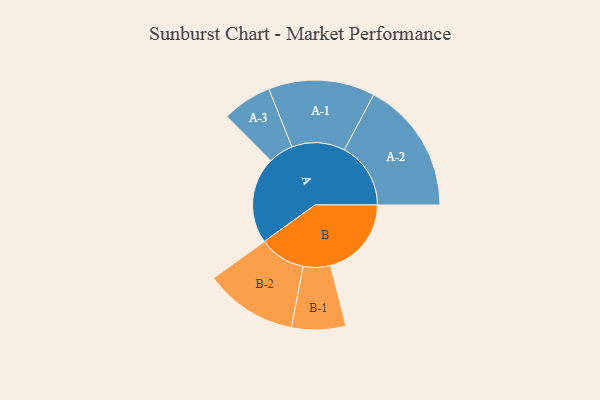
{"axis": {"x": "Segment", "y": "Value"}, "legend": ["", "A", "B"], "data": [{"x": "A", "y": 381, "type": ""}, {"x": "B", "y": 356, "type": ""}, {"x": "A-1", "y": 234, "type": "A"}, {"x": "A-2", "y": 292, "type": "A"}, {"x": "A-3", "y": 109, "type": "A"}, {"x": "B-1", "y": 119, "type": "B"}, {"x": "B-2", "y": 204, "type": "B"}]}